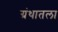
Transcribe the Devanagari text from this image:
ग्रंथातला